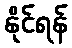
နိုင်ရန်